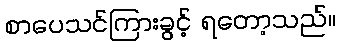
စာပေသင်ကြားခွင့် ရတော့သည်။